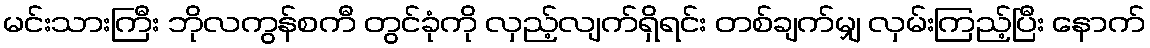
မင်းသားကြီး ဘိုလကွန်စကီ တွင်ခုံကို လှည့်လျက်ရှိရင်း တစ်ချက်မျှ လှမ်းကြည့်ပြီး နောက်